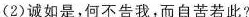
(2)诚如是，何不告我，而自苦若此?